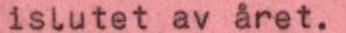
islutet av året.